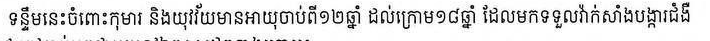
ទន្ទឹមនឹងនេះ ចំពោះកុមារ និងយុវវ័យមានអាយុចាប់ពី១២ឆ្នាំ ដល់ក្រោម១៨ឆ្នាំ ដែលមកចាក់វ៉ាក់សាំងបង្ការជំងឺ